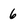
Character: 6